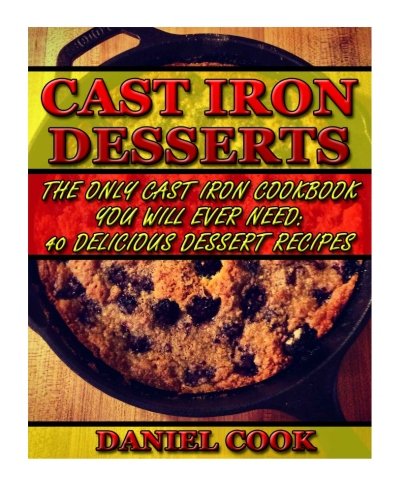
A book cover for Cast Iron Desserts: The Only Cast Iron Cookbook You Will Ever Need: 40 Delicious Dessert Recipes (Cast Iron Cooking); Daniel Cook; Cookbooks, Food & Wine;